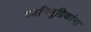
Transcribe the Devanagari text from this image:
ध्वनिमुद्रिकांना